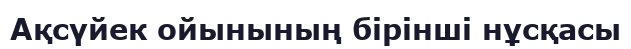
Ақсүйек ойынының бірінші нұсқасы